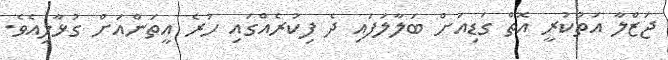
ޖަޒްލާ އަތުކުރީ އޮތް ގަޑިއަށް ބަލާލަފައި ދެ ފިކުރެއްގައި ހުރެ އީތަންއަށް ގުޅާލިއެވެ.